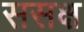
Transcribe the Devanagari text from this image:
ससक्ष